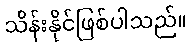
သိန်းနိုင်ဖြစ်ပါသည်။